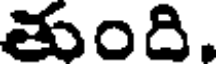
చుంది,